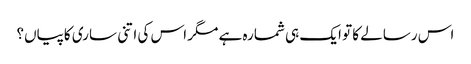
اس رسالے کا تو ایک ہی شمارہ ہے مگر اس کی اتنی ساری کاپیاں؟